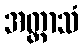
အတ္ထာသံ